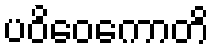
ပဝိဝေကောတိ